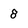
Character: 8